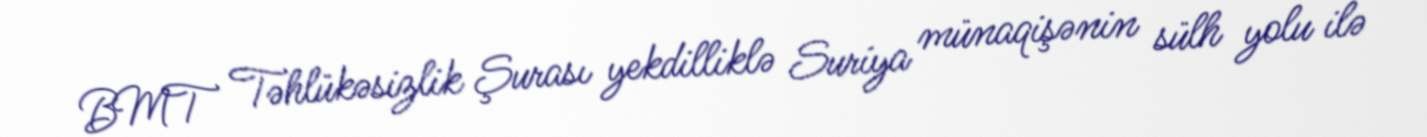
BMT Təhlükəsizlik Şurası yekdilliklə Suriya münaqişənin sülh yolu ilə